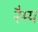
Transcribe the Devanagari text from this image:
रैम्य